Lunatic asylums Punjab 1895-1910 - 1895-1910
Year: 1895
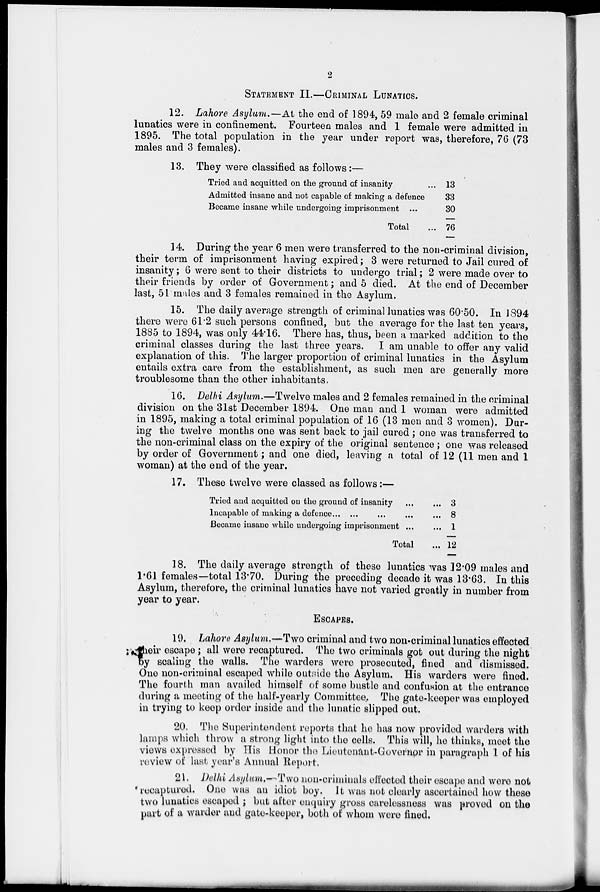
2
STATEMENT II.—CRIMINAL LUNATICS.
12. Lahore Asylum.—At the end of 1894, 59 male and 2 female criminal
lunatics were in confinement. Fourteen males and 1 female were admitted in
1895. The total population in the year under report was, therefore, 76 (73
males and 3 females).
13. They were classified as follows:—
Tried and acquitted on the ground of insanity ...
Admitted insane and not capable of making a defence
Became insane while undergoing imprisonment
...
Total ...
13
33
30
76
14. During the year 6 men were transferred to the non-criminal division,
their term of imprisonment having expired; 3 were returned to Jail cured of
insanity; 6 were sent to their districts to undergo trial; 2 were made over to
their friends by order of Government; and 5 died. At the end of December
last, 51 males and 3 females remained in the Asylum.
15. The daily average strength of criminal lunatics was 60.50. In 1894
there were 61.2 such persons confined, but the average for the last ten years,
1885 to 1894, was only 44.16. There has, thus, been a marked addition to the
criminal classes during the last three years.
I am unable to offer any valid
explanation of this. The larger proportion of criminal lunatics in the Asylum
entails extra care from the establishment, as such men are generally more
troublesome than the other inhabitants.
16. Delhi Asylum.—Twelve males and 2 females remained in the criminal
division on the 31st December 1894. One man and 1 woman were admitted
in 1895, making a total criminal population of 16 (13 men and 3 women). Dur-
ing the twelve months one was sent back to jail cured ; one was transferred to
the non-criminal class on the expiry of the original sentence ; one was released
by order of Government; and one died, leaving a total of 12 (11 men and 1
woman) at the end of the year.
17. These twelve were classed as follows:—
Tried and acquitted on the ground of insanity
...
...
Incapable of making a defence ... ... ... ... ...
Became insane while undergoing imprisonment
...
...
Total ...
3
8
1
12
18. The daily average strength of these lunatics was 12.09 males and
1.61 females—total 13.70. During the preceding decade it was 13.63. In this
Asylum, therefore, the criminal lunatics have not varied greatly in number from
year to year.
ESCAPES.
19. Lahore Asylum.—Two criminal and two non-criminal lunatics effected
their escape; all were recaptured. The two criminals got out during the night
by scaling the walls. The warders were prosecuted, fined and dismissed.
One non-criminal escaped while outside the Asylum. His warders were fined.
The fourth man availed himself of some bustle and confusion at the entrance
during a meeting of the half-yearly Committee, The gate-keeper was employed
in trying to keep order inside and the lunatic slipped out.
20. The Superintendent reports that he has now provided warders with
lamps which throw a strong light into the cells. This will, he thinks, meet the
views expressed by His Honor the Lieutenant-Governor in paragraph 1 of his
review of last year's Annual Report.
21. Delhi Asylum.—Two non-criminals effected their escape and were not
recaptured. One was an idiot boy. It was not clearly ascertained how these
two lunatics escaped ; but after enquiry gross carelessness was proved on the
part of a warder and gate-keeper, both of whom were fined.